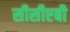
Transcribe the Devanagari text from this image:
सीसीएबी